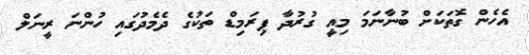
އެހެން ގޮތަކަށް ބުނާނަމަ މިއީ ގުރުދާ ޕިރަމިޑް ތަކުގެ ދެމެދުގައި ހުންނަ ރީނަލް